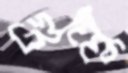
গুল্লু